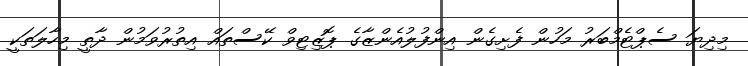
މިދިޔަ ސެޕްޓެމްބަރު މަހުން ފެށިގެން އިންފުލުއެންޒާގެ ޕޮޒިޓިވް ކޭސްތައް އިތުރުވަމުން ދާތީ މިހާލަތަކީ